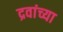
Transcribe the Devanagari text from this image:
द्रवांच्या